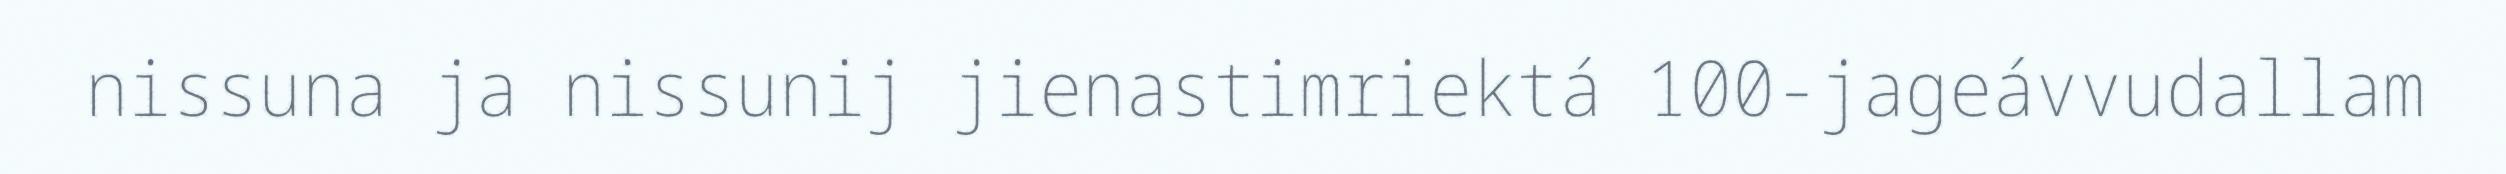
nissuna ja nissunij jienastimriektá 100-jageávvudallam